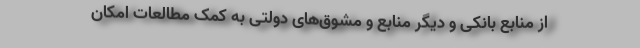
از منابع بانکی و دیگر منابع و مشوق‌های دولتی به کمک مطالعات امکان